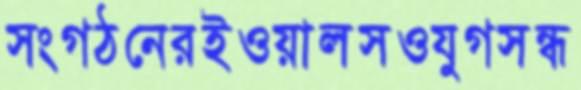
সংগঠনেরইওয়ালসওযুগসন্ধ